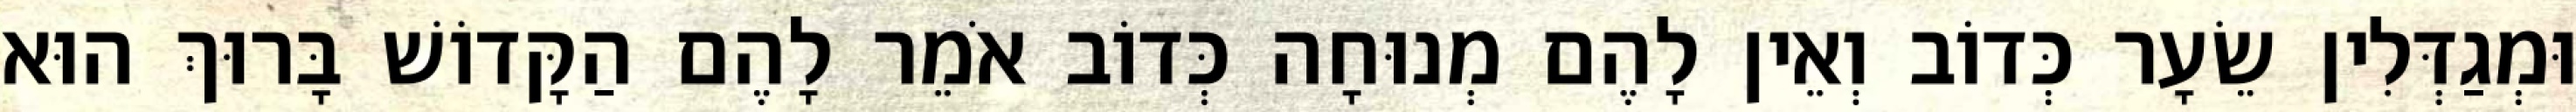
וּמְגַדְּלִין שֵׂעָר כְּדוֹב וְאֵין לָהֶם מְנוּחָה כְּדוֹב אֹמֵר לָהֶם הַקָּדוֹשׁ בָּרוּךְ הוּא